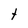
Character: t